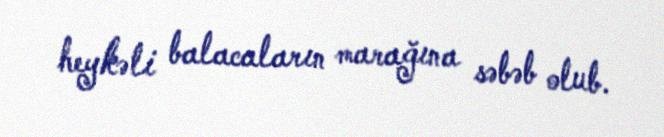
heykəli balacaların marağına səbəb olub.